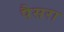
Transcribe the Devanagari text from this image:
पैसरा